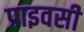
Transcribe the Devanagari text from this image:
प्राइवसी